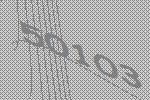
50103